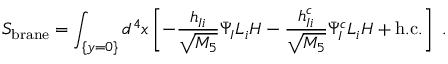
S _ { \mathrm { b r a n e } } = \int _ { \{ y = 0 \} } d ^ { 4 } x \left[ - \frac { h _ { I i } } { \sqrt { M _ { 5 } } } \bar { \Psi } _ { I } L _ { i } H - \frac { h _ { I i } ^ { c } } { \sqrt { M _ { 5 } } } \bar { \Psi } _ { I } ^ { c } L _ { i } H + \mathrm { h . c . } \right] \; .